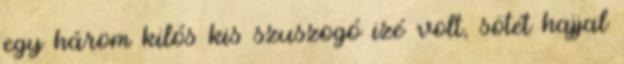
egy három kilós kis szuszogó izé volt, sötét hajjal